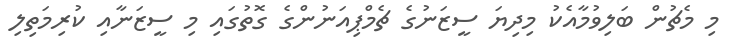
މި މެޗުން ބަލިވުމާއެކު މިދިޔަ ސީޒަނުގެ ޗެމްޕިއަނުންގެ ގޮތުގައި މި ސީޒަނާއި ކުރިމަތިލި